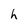
Character: h